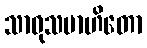
သာဓုသမာဟိတော